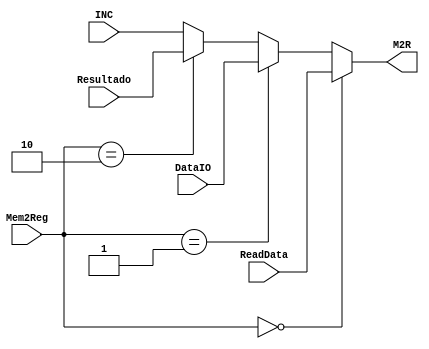
module Mux_4(ReadData,DataIO,Resultado,INC,Mem2Reg,M2R);
	input [31:0] ReadData,DataIO,Resultado,INC;
	input [1:0] Mem2Reg;
	output reg [31:0] M2R;


	always@(ReadData or DataIO or Resultado or Mem2Reg or INC)
	begin
		if( Mem2Reg == 2'B00 ) // D1||D2 0:1
		begin
			M2R <= ReadData;
		end
			else if ( Mem2Reg == 2'B01 )
			begin
				M2R <= DataIO;
			end
				else if( Mem2Reg == 2'B10 )
				begin
					M2R <= Resultado;
				end
					else
					begin
						M2R <= INC;
					end
	end

endmodule